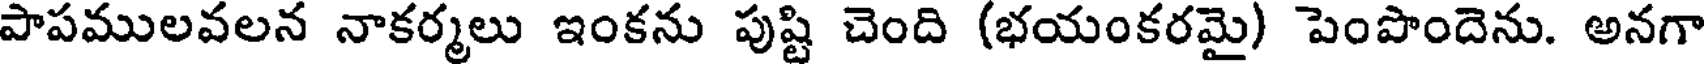
పాపములవలన నాకర్మలు ఇంకను పుష్టి చెంది (భయంకరమై) పెంపొందెను. అనగా